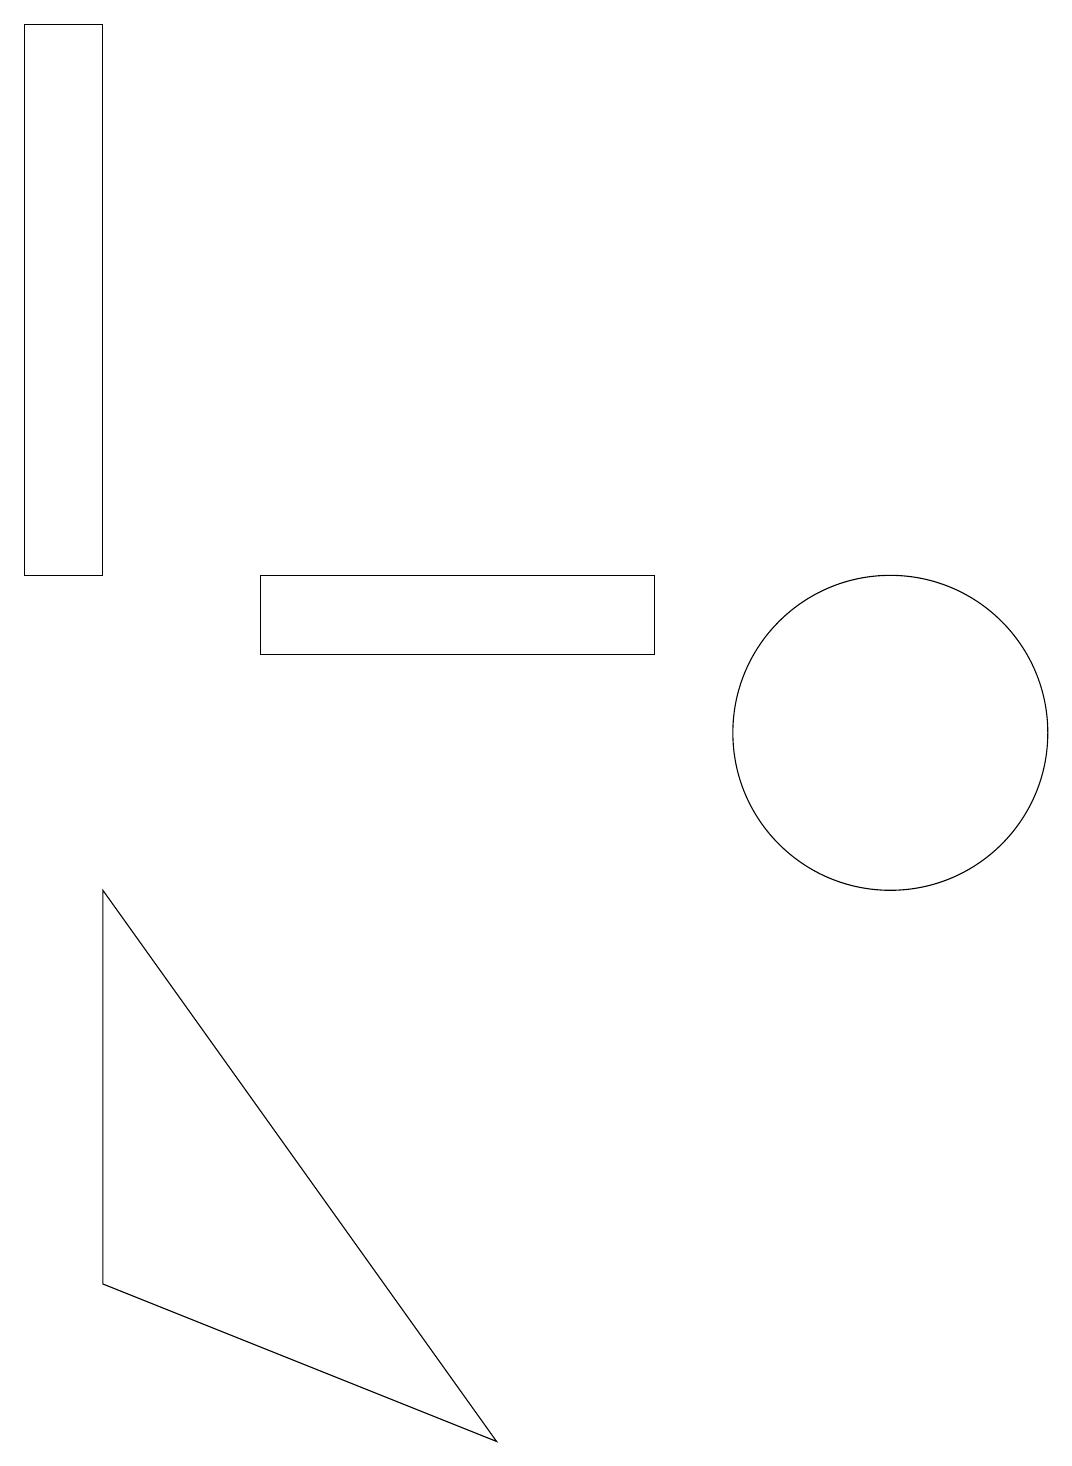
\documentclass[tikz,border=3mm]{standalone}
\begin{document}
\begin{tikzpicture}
\draw (7,1) -- (2,3) -- (2,8) -- cycle;
\draw (4,11) rectangle (9,12);
\draw (11,11) circle (0);
\draw (12,10) circle (2);
\draw (1,19) rectangle (2,12);
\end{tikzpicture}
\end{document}